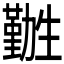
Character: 𫦽